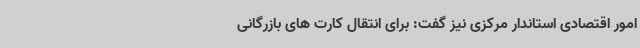
امور اقتصادی استاندار مرکزی نیز گفت: برای انتقال کارت های بازرگانی